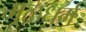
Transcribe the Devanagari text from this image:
मूळधर्म